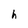
Character: h